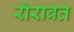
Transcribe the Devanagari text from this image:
रोरावत